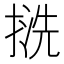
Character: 𢱓